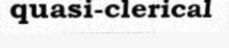
quasi-clerical